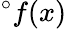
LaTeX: {}^{\circ}f(x)